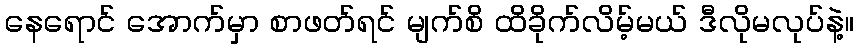
နေရောင် အောက်မှာ စာဖတ်ရင် မျက်စိ ထိခိုက်လိမ့်မယ် ဒီလိုမလုပ်နဲ့။